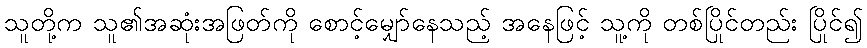
သူတို့က သူ၏အဆုံးအဖြတ်ကို စောင့်မျှော်နေသည့် အနေဖြင့် သူ့ကို တစ်ပြိုင်တည်း ပြိုင်၍